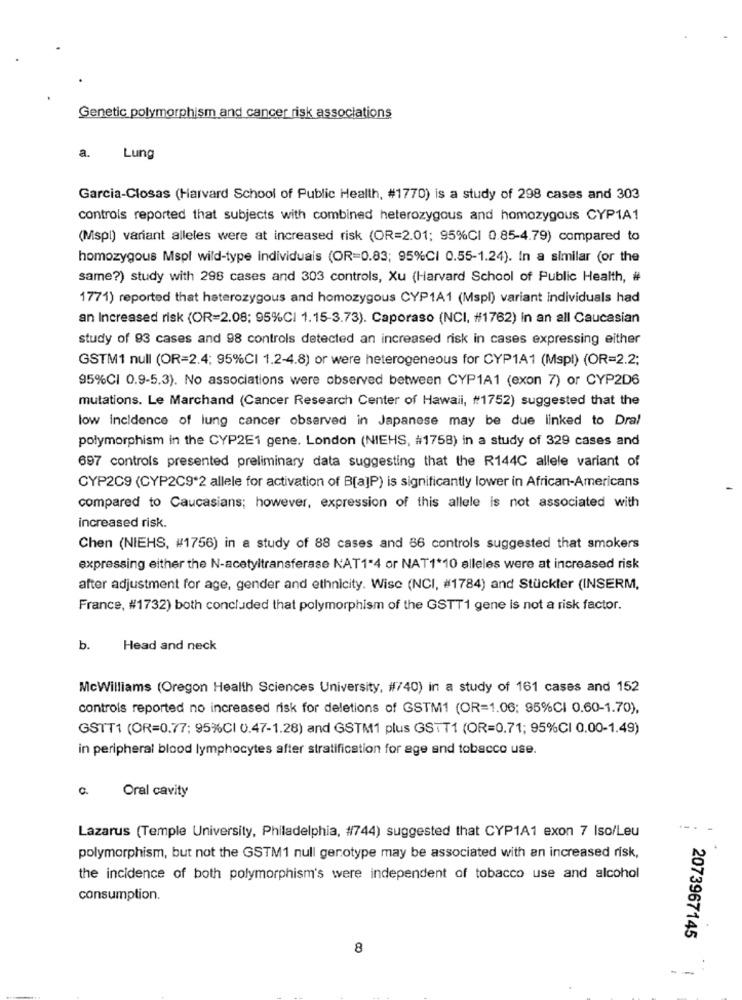
Genetic polymorphism and cancer risk associations
a.
Lung
Garcia-Closas (Harvard School of Public Health, #1770) is a study of 298 cases and 303
controls reported that subjects with combined heterozygous and homozygous CYP1A1
(Mspl) variant alleles were at increased risk (OR=2.01; 95%CI 0.85-4.79) compared to
homozygous Mspl wild-type individuais (OR=0.83; 95%CI 0.55-1.24). In a similar (or the
same?) study with 298 cases and 303 controls, Xu (Harvard School of Public Health, #
1771) reported that heterozygous and homozygous CYP1A1 (Mspl) variant individuals had
an Increased risk (OR=2.08; 95%CI 1.15-3.73). Caporaso (NCI, #1762) In an all Caucasian
study of 93 cases and 98 controls detected an increased risk in cases expressing either
GSTM1 null (OR=2.4; 95%CI 1.2-4.8) or were heterogeneous for CYP1A1 (Mspl) (OR=2.2;
95%CI 0.9-5.3). No associations were observed between CYP1A1 (exon 7) or CYP2D6
mutations. Le Marchand (Cancer Research Center of Hawaii, #1752) suggested that the
low incidence of lung cancer observed in Japanese may be due linked to Dra!
polymorphism in the CYP2E1 gene. London (NIEHS, #1758) in a study of 329 cases and
697 controls presented preliminary data suggesting that the R144C allele variant of
CYP2C9 (CYP2C9*2 allele for activation of B[a]P) is significantly lower in African-Americans
compared to Caucasians; however, expression of this allele is not associated with
increased risk.
Chen (NIEHS, #1756) in a study of 88 cases and 86 controls suggested that smokers
expressing either the N-acetyltransferase KAT1-4 or NAT1*10 alleles were at increased risk
after adjustment for age, gender and ethnicity. Wise (NCI, #1784) and Stückter (INSERM,
France, #1732) both concluded that polymorphism of the GSTT1 gene is not a risk factor.
b.
Head and neck
McWilliams (Oregon Health Sciences University, #740) in a study of 161 cases and 152
controls reported no increased risk for deletions of GSTM1 (OR=1.06; 95%CI 0.60-1.70),
GSTT1 (OR=0.77; 95%CI 0.47-1.28) and GSTM1 plus GSTT1 (OR=0.71; 95%CI 0.00-1.49)
in peripheral blood lymphocytes after stratification for age and tobacco use.
a.
Oral cavity
Lazarus (Temple University, Philadelphia, #744) suggested that CYP1A1 exon 7 Iso/Leu
polymorphism, but not the GSTM1 null genotype may be associated with an increased risk,
the incidence of both polymorphism's were independent of tobacco use and alcohol
consumption.
2073967145
8